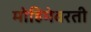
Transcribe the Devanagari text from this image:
मोहिमेवरती